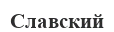
Славский